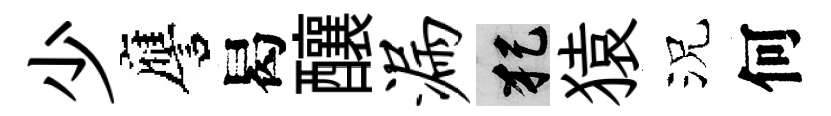
少譍曷釀漏犯猿況何